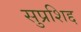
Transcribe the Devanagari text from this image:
सुप्रशिद्द